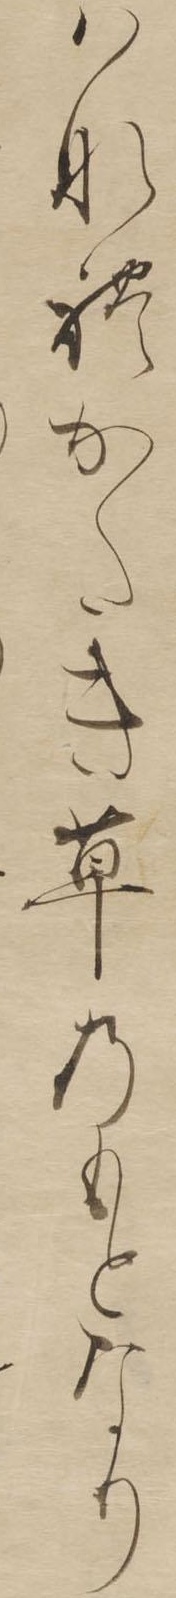
はなれかたき草のもとなり